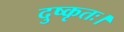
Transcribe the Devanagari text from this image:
दुष्कृतः।